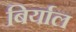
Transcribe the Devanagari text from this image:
बिर्याल